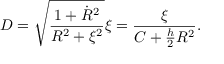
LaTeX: D = \sqrt { \frac { 1 + \dot { R } ^ { 2 } } { R ^ { 2 } + \xi ^ { 2 } } } \xi = \frac { \xi } { C + \frac { h } { 2 } R ^ { 2 } } .